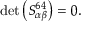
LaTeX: \operatorname * { d e t } \left( S _ { \alpha \beta } ^ { 6 4 } \right) = 0 .